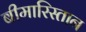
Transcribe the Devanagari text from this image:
बीमारिस्तान